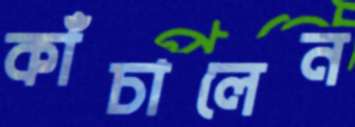
কাঁচালেন